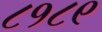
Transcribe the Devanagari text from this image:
८१८९